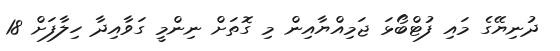
ދުނިޔޭގެ މައި ފުޓްބޯޅަ ޖަމިއްޔާއިން މި ގޮތަށް ނިންމީ ގަވާއިދާ ހިލާފަށް 18